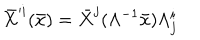
LaTeX: \bar { X } ^ { \prime i } ( \bar { x } ) = \bar { X } ^ { j } ( \Lambda ^ { - 1 } \bar { x } ) \Lambda _ { j } ^ { i }